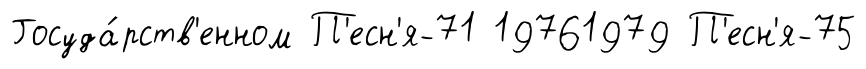
Госуда́рств'енном П'есн'я-71 19761979 П'есн'я-75